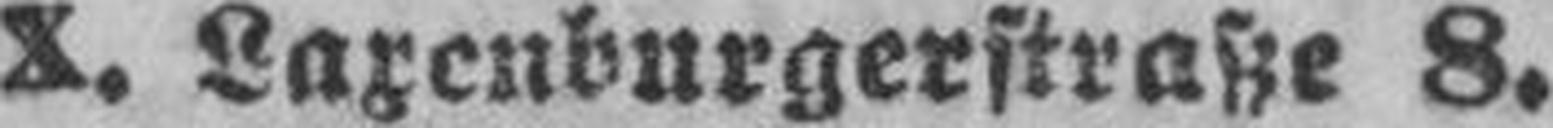
X. Laxenburgerstraße 8.